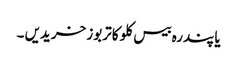
یا پندرہ بیس کلو کا تربوز خریدیں ۔